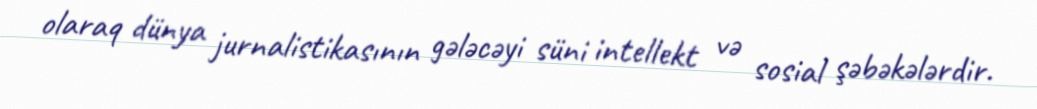
olaraq dünya jurnalistikasının gələcəyi süni intellekt və sosial şəbəkələrdir.